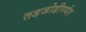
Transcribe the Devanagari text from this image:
तडजोडीपर्यंत